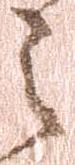
之